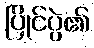
ပြိုင်ပွဲ၏